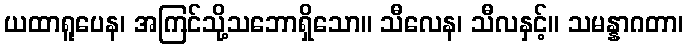
ယထာရူပေန၊ အကြင်သို့သဘောရှိသော။ သီလေန၊ သီလနှင့်။ သမန္နာဂတာ၊